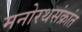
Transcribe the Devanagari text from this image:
मनोरथसंक्रांत